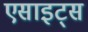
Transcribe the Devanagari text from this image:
एसाइट्स